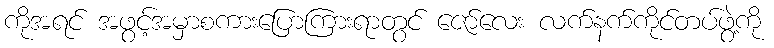
ကိုအရင် အဖွင့်အမှာစကားပြောကြားရာတွင် ဇော်လေး လက်နက်ကိုင်တပ်ဖွဲ့ကို